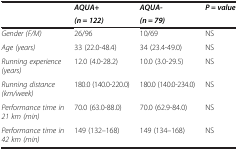
<table><thead><tr><td rowspan="2"><b> </b></td><td><b><i>AQUA+</i></b></td><td><b><i>AQUA-</i></b></td><td rowspan="2"><b><i>P = value</i></b></td></tr><tr><td><b><i>(n = 122)</i></b></td><td><b><i>(n = 79)</i></b></td></tr></thead><tbody><tr><td><i>Gender (F/M)</i></td><td>26/96</td><td>10/69</td><td>NS</td></tr><tr><td><i>Age (years)</i></td><td>33 (22.0-48.4)</td><td>34 (23.4-49.0)</td><td>NS</td></tr><tr><td><i>Running experience (years)</i></td><td>12.0 (4.0-28.2)</td><td>10.0 (3.0-29.5)</td><td>NS</td></tr><tr><td><i>Running distance (km/week)</i></td><td>180.0 (140.0-220.0)</td><td>180.0 (140.0-234.0)</td><td>NS</td></tr><tr><td><i>Performance time in 21 km (min)</i></td><td>70.0 (63.0-88.0)</td><td>70.0 (62.9-84.0)</td><td>NS</td></tr><tr><td><i>Performance time in 42 km (min)</i></td><td>149 (132–168)</td><td>149 (134–168)</td><td>NS</td></tr></tbody></table>